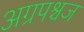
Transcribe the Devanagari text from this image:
अग्रपश्चज